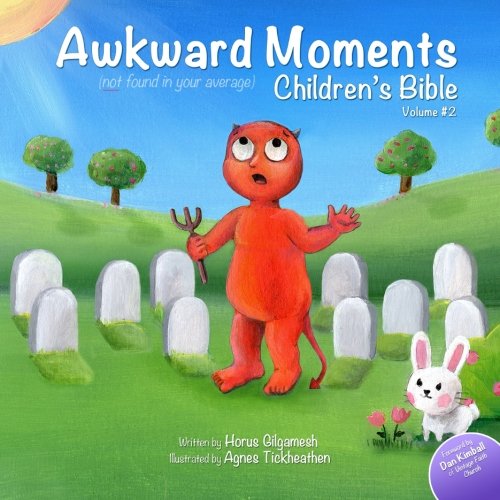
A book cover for Awkward Moments (Not Found In Your Average) Children's Bible - Vol. 2: Don't blame us - it's in the Bible! (Volume 2); Horus Gilgamesh; Humor & Entertainment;